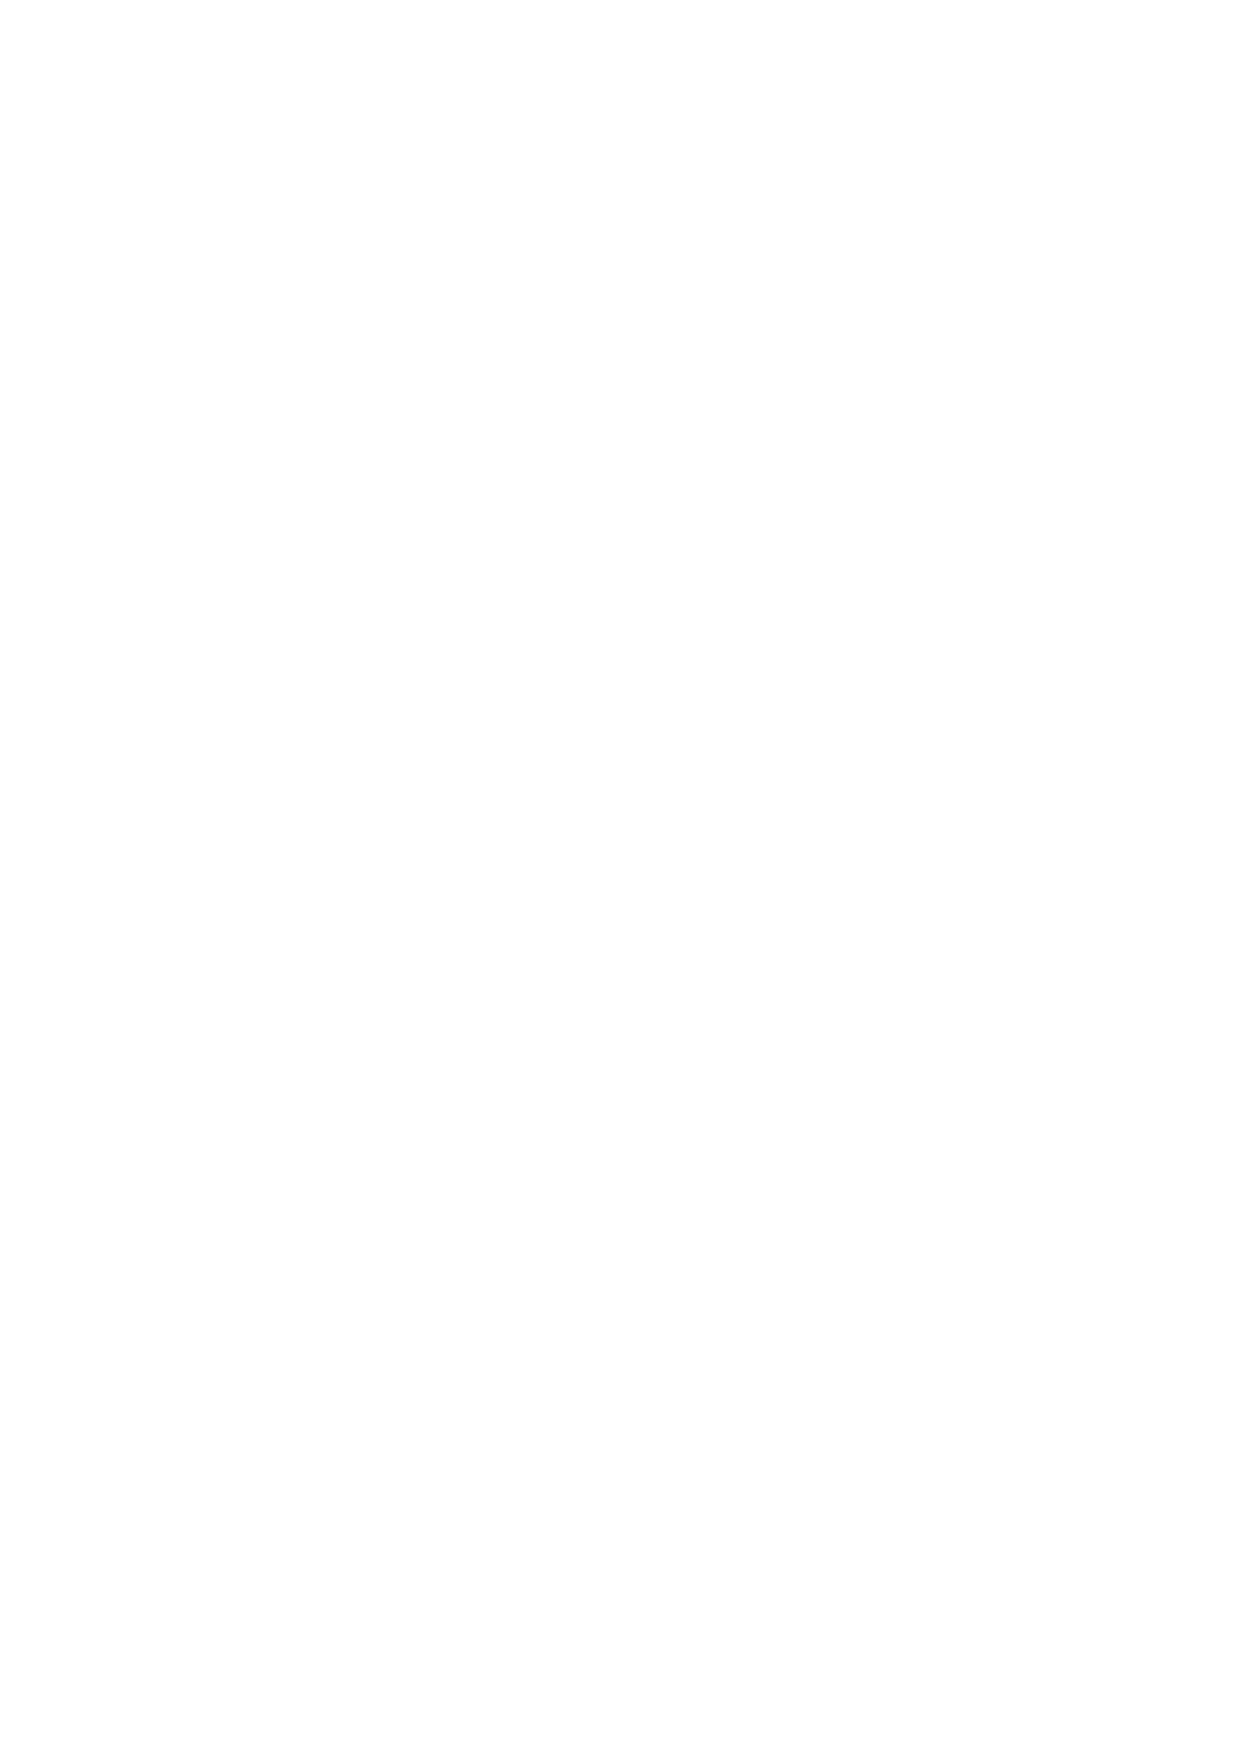
5.5 All calls to PandaStocks telephone lines are recorded, and you hereby agree to the recording of such
 conversations. All OTPs and DTPs retain chronological histories of all Transactions conducted over that
 medium (including Transactions entered by PandaStocks following an instruction by telephone) and an
 electronic audit trail of all client activity (although this is not guaranteed). All such records and
 recordings of telephone conversations are the exclusive property of PandaStocks and may be used as
 evidence in any dispute.
 5.6 Before access is permitted to an OTP or a DTP you will be obliged to enter your username or account
 number and password. When placing a Transaction via an OTP your confirmation will be via an email
 contract note. Transactions on a DTP will be confirmed via an on-screen contract note. The contract is
 binding on both pares except for instances of a Pricing Error. PandaStocks will treat Transactions placed
 via an OTP or a DTP as active on receipt of such an instruction and of its acceptance. Transactions placed
 via an OTP or a DTP will normally be confirmed at the time they are made by electronic means.
 5.7 Your username, password and account number are extremely sensitive pieces of information. Any
 Transactions made on your account either over the telephone, an OTP or a DTP using either your
 username, account number or your password will be deemed as valid Transactions. You must not
 disclose your username, account number or password to any person (save disclosure of your account
 number to an Authorised Third Party pursuant to Clause 16). You must immediately inform PandaStocks
 if you are aware or suspect that a third party has had access to your username, account number or
 password or that any person other than you (or your Authorised Third Party) is transacting on your
 account.
 5.8 In the case of Transactions placed via an OTP or a DTP, PandaStocks is under no obligation to recognise
 the domain from which a client is trading, and it is your sole responsibility to ascertain the legality of
 placing trades from your local jurisdiction.
 5.9 A Transaction can only be placed on a current valid Quote. A price may change at any time after it has
 been quoted and before you have traded. A Quote made to you over the telephone is only valid for that
 conversation and may not be available on any subsequent telephone call. Quotes that have been given
 as 'indication only' are not valid and cannot be traded unless otherwise agreed by PandaStocks. Quotes
 that have been qualified or Quotes that you have been told are no longer valid before you place your
 Transaction are also not tradable.
 5.10 In the case of Transactions placed via an OTP or a DTP you may only offer to place a trade on the prices
 currently quoted on an OTP or a DTP. Such prices are indicative and on receipt PandaStocks may, in its
 absolute discretion, reject or accept your proposed Transaction. Due to the nature of online trading
 systems and the potential unreliability, delays, misquotes of market price feeds, PandaStocks may in its
 absolute discretion remove or delete Transactions and any associated Transactions (i.e. any trades
 closing subsequently deleted trades) which have been made over an OTP or a DTP which in the opinion
 of PandaStocks do not reflect the actual market prices at the me of the placement of the relevant
 Transaction. PandaStocks will not be responsible for losses or potential losses sustained by you in
 trading on a rejected or cancelled Transaction. PandaStocks is not responsible or liable for losses made
 with other companies on Transaction undertaken in reference to a rejected or cancelled trade.
 5.11 The spot foreign exchange and commodities markets can experience extreme price volatility often
 referred to as "Hectic or Fast Market", it is particularly common during material economic or political
 8 v.1